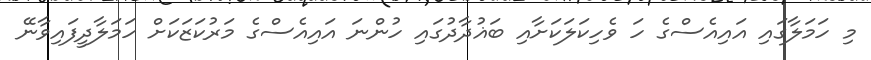
މި ހަމަލާގައި އައިއެސްގެ ހަ ވެހިކަލަކަށާއި ބަޣުދާދުގައި ހުންނަ އައިއެސްގެ މަރުކަޒަކަށް ހަމަލާދީފައިވާނޭ